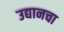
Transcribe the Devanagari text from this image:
उद्यानचा